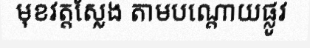
មុខវត្តស្លែង តាមបណ្តោយផ្លូវ